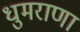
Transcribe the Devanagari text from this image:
धुमराणा